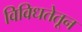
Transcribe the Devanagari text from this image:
विविधतेतून